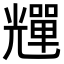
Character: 𠓊